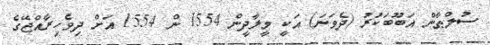
ސުލްޠާން އަބޫބަކުރު (ދެވަނަ) އަކީ މީލާދީން 1554 ން 1554 އަށް ދިވެހިރާއްޖޭގެ